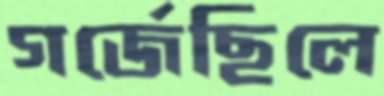
গর্জেছিলে